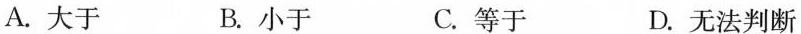
A.大于 B.小于 C.等于 D.无法判断